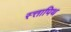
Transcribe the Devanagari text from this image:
स्त्तापिथ